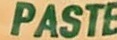
PASTE